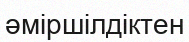
әміршілдіктен